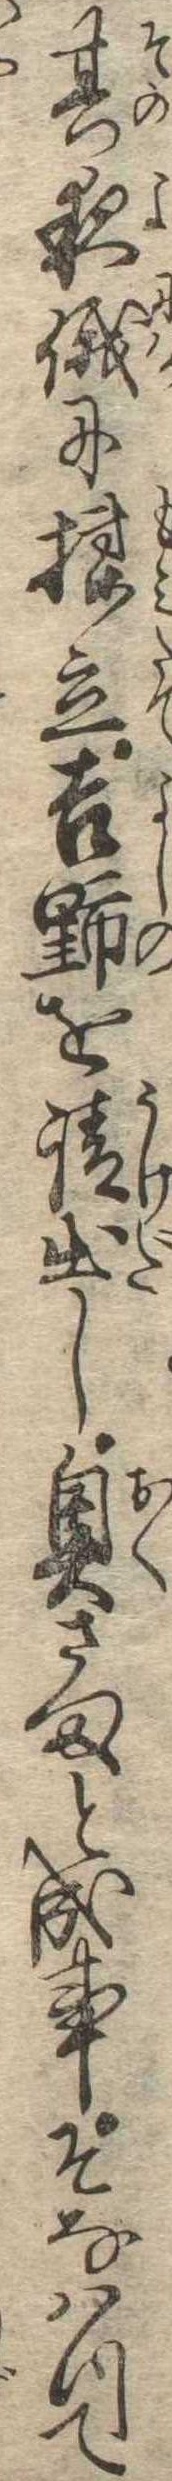
其夜俄に揉立吉野を請出し奥さまと成事そなはつて